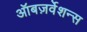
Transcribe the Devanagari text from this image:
ऑबज़र्वेशन्स